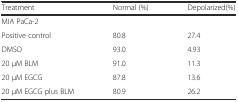
<table><thead><tr><td><b>Treatment</b></td><td><b>Normal (%)</b></td><td><b>Depolarized(%)</b></td></tr></thead><tbody><tr><td colspan="3">MIA PaCa-2</td></tr><tr><td>Positive control</td><td>80.8</td><td>27.4</td></tr><tr><td>DMSO</td><td>93.0</td><td>4.93</td></tr><tr><td>20 μM BLM</td><td>91.0</td><td>11.3</td></tr><tr><td>20 μM EGCG</td><td>87.8</td><td>13.6</td></tr><tr><td>20 μM EGCG plus BLM</td><td>80.9</td><td>26.2</td></tr></tbody></table>